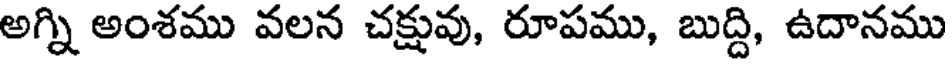
అగ్ని అంశము వలన చక్షువు, రూపము, బుద్ది, ఉదానము